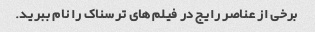
برخی از عناصر رایج در فیلم های ترسناک را نام ببرید.